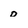
Character: 0